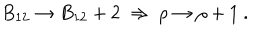
LaTeX: B _ { 1 2 } \to B _ { 1 2 } + 2 \ \Rightarrow \ \rho \to \rho + 1 \ .